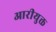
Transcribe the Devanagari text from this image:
आरीयुक्त